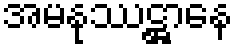
အမနုဿဋ္ဌာနေ